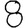
Digit: 8